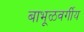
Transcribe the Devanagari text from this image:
बाभूळवर्गीय